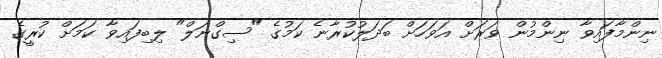
ނިންމާފައިވާ ނިންމުން ވަރަށް އަވަހަށް ބަދަލުކުރާނެ ކަމުގެ "ސިގްނަލް" ލިބިފައިވާ ކަމަށް ކުރީގެ